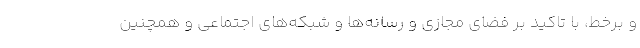
و برخط، با تاکید بر فضای مجازی و رسانه‌ها و شبکه‌های اجتماعی و همچنین